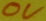
Text: 0V